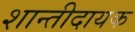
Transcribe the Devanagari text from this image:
शान्तीदायक